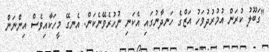
"ގަބޫލު ކުރަން އުމުރުދުވަހު އަޒްގެ ހަނދާނުގައި އެކަނި ނުހުރެވޭނެކަން. އެނގޭ މީހަކާއިވެސް އިންނަން